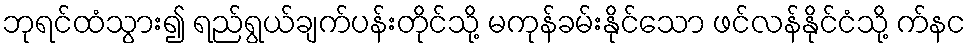
ဘုရင်ထံသွား၍ ရည်ရွယ်ချက်ပန်းတိုင်သို့ မကုန်ခမ်းနိုင်သော ဖင်လန်နိုင်ငံသို့ က်နင